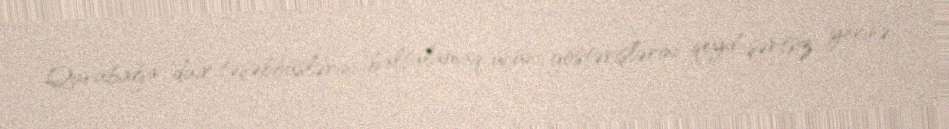
Qarabağa dair təşəbbüslərini baltalamaq üçün göstərişlərini qeyd-şərtsiz yerinə